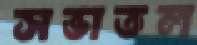
সভাতল